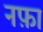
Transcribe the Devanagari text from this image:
नफ़ा